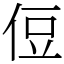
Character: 侸